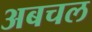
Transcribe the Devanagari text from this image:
अबचल